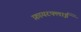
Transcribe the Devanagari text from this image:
फ़ायरफ्लाई